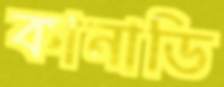
কানাডি